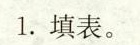
1.填表。